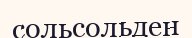
сольсольден